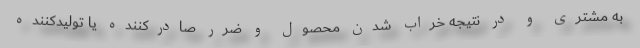
به مشتری و در نتیجه خراب شدن محصول و ضرر صادرکننده یا تولیدکننده